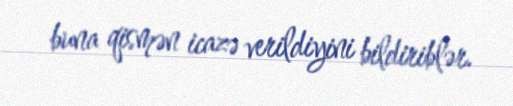
buna qismən icazə verildiyini bildiriblər.